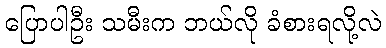
ပြောပါဦး သမီးက ဘယ်လို ခံစားရလို့လဲ